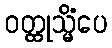
ဝတ္ထုသ္မိံပေ